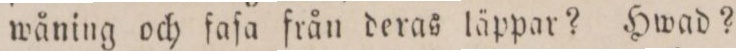
wåning och faſa från deras läppar? Hwad?